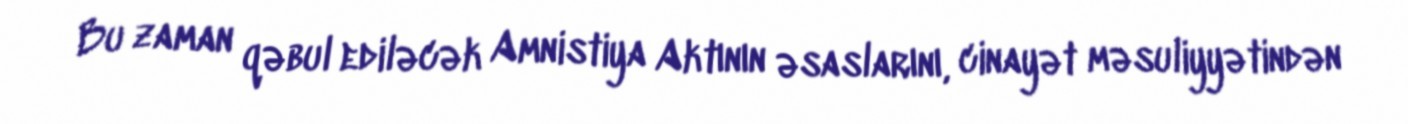
Bu zaman qəbul ediləcək Amnistiya Aktının əsaslarını, cinayət məsuliyyətindən